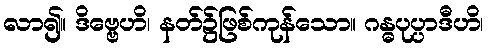
လာ၍။ ဒိဗ္ဗေဟိ၊ နတ်၌ဖြစ်ကုန်သော။ ဂန္ဓပုပ္ပာဒီဟိ၊